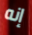
إنه